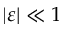
| \varepsilon | \ll 1